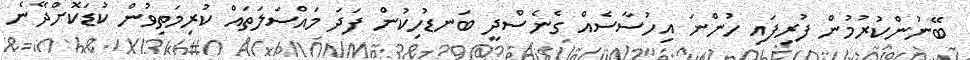
ބޭނުންކުރުމުން ފުރިފައި ހުންނަ އިހުސާސެއް ގެނެސްދީ ބަނޑުހިކުން ފަދަ މައްސަލަތައް ކުރިމަތިވުން ކުޑަކޮށްދޭނެ